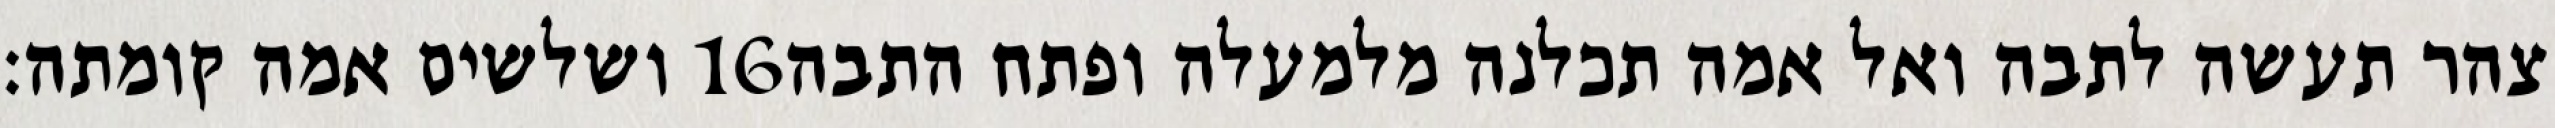
ושלשים אמה קומתה׃ ‎16‏ צהר תעשה לתבה ואל אמה תכלנה מלמעלה ופתח התבה